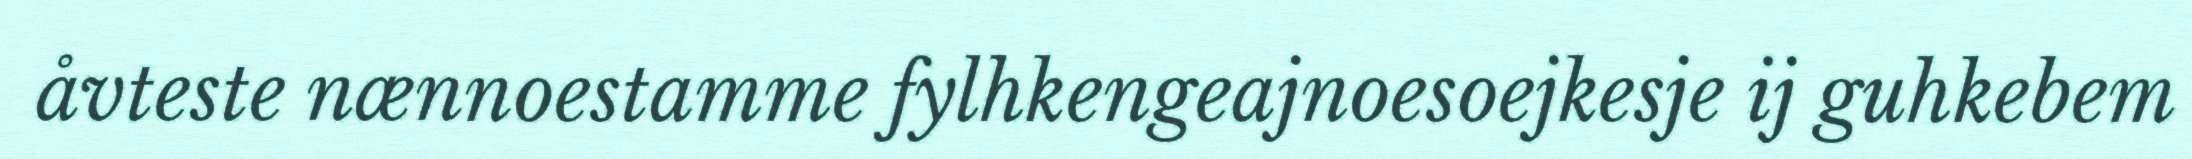
åvteste nænnoestamme fylhkengeajnoesoejkesje ij guhkebem